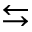
\leftrightarrows